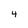
Character: 4